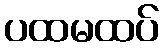
ပထမထပ်